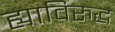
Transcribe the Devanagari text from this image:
ह्याविरुद्ध